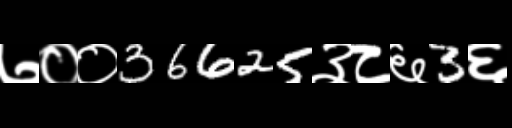
Text: ७००36625३८६3६